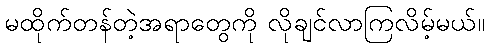
မထိုက်တန်တဲ့အရာတွေကို လိုချင်လာကြလိမ့်မယ်။